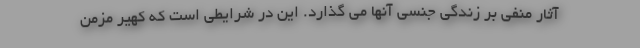
آثار منفی بر زندگی جنسی آنها می گذارد. این در شرایطی است که کهیر مزمن